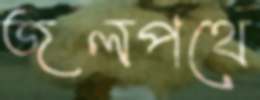
জলপথে